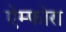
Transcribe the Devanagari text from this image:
ऐम्फोरा